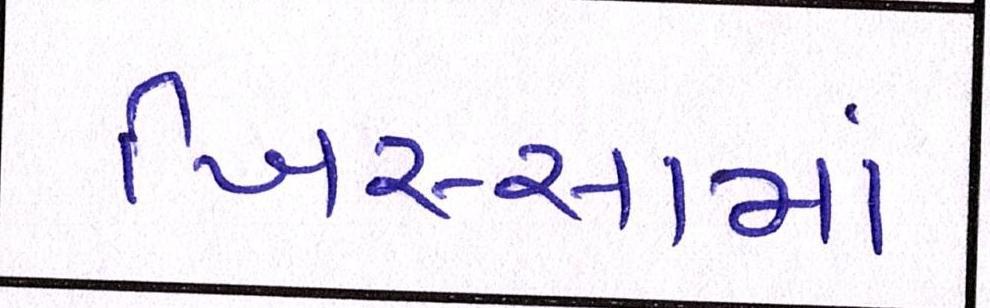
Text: ખિસ્સામાં